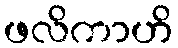
ဖလိကာဟိ